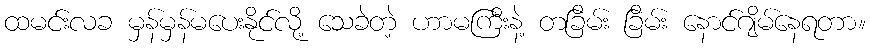
ထမင်းလခ မှန်မှန်မပေးနိုင်လို့ သေခဲတဲ့ ဟာမကြီးနဲ့ တခြိမ်း ခြိမ်း နောင်ဂျိမ်နေရတာ။